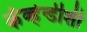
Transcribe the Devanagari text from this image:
कॅव्हेन्डीशी